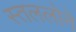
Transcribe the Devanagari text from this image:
स्तललोने